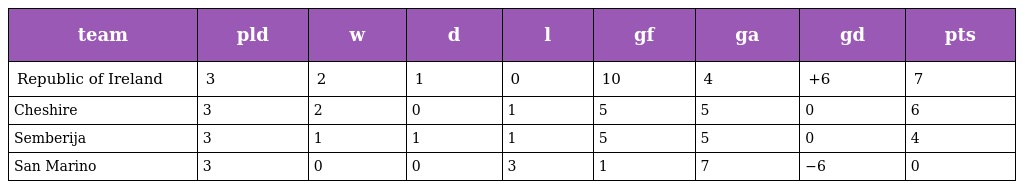
| team | pld | w | d | l | gf | ga | gd | pts |
 | --- | --- | --- | --- | --- | --- | --- | --- | --- |
 | Republic of Ireland | 3 | 2 | 1 | 0 | 10 | 4 | +6 | 7 |
 | Cheshire | 3 | 2 | 0 | 1 | 5 | 5 | 0 | 6 |
 | Semberija | 3 | 1 | 1 | 1 | 5 | 5 | 0 | 4 |
 | San Marino | 3 | 0 | 0 | 3 | 1 | 7 | −6 | 0 |